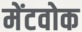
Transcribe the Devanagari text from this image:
मेंटवोक